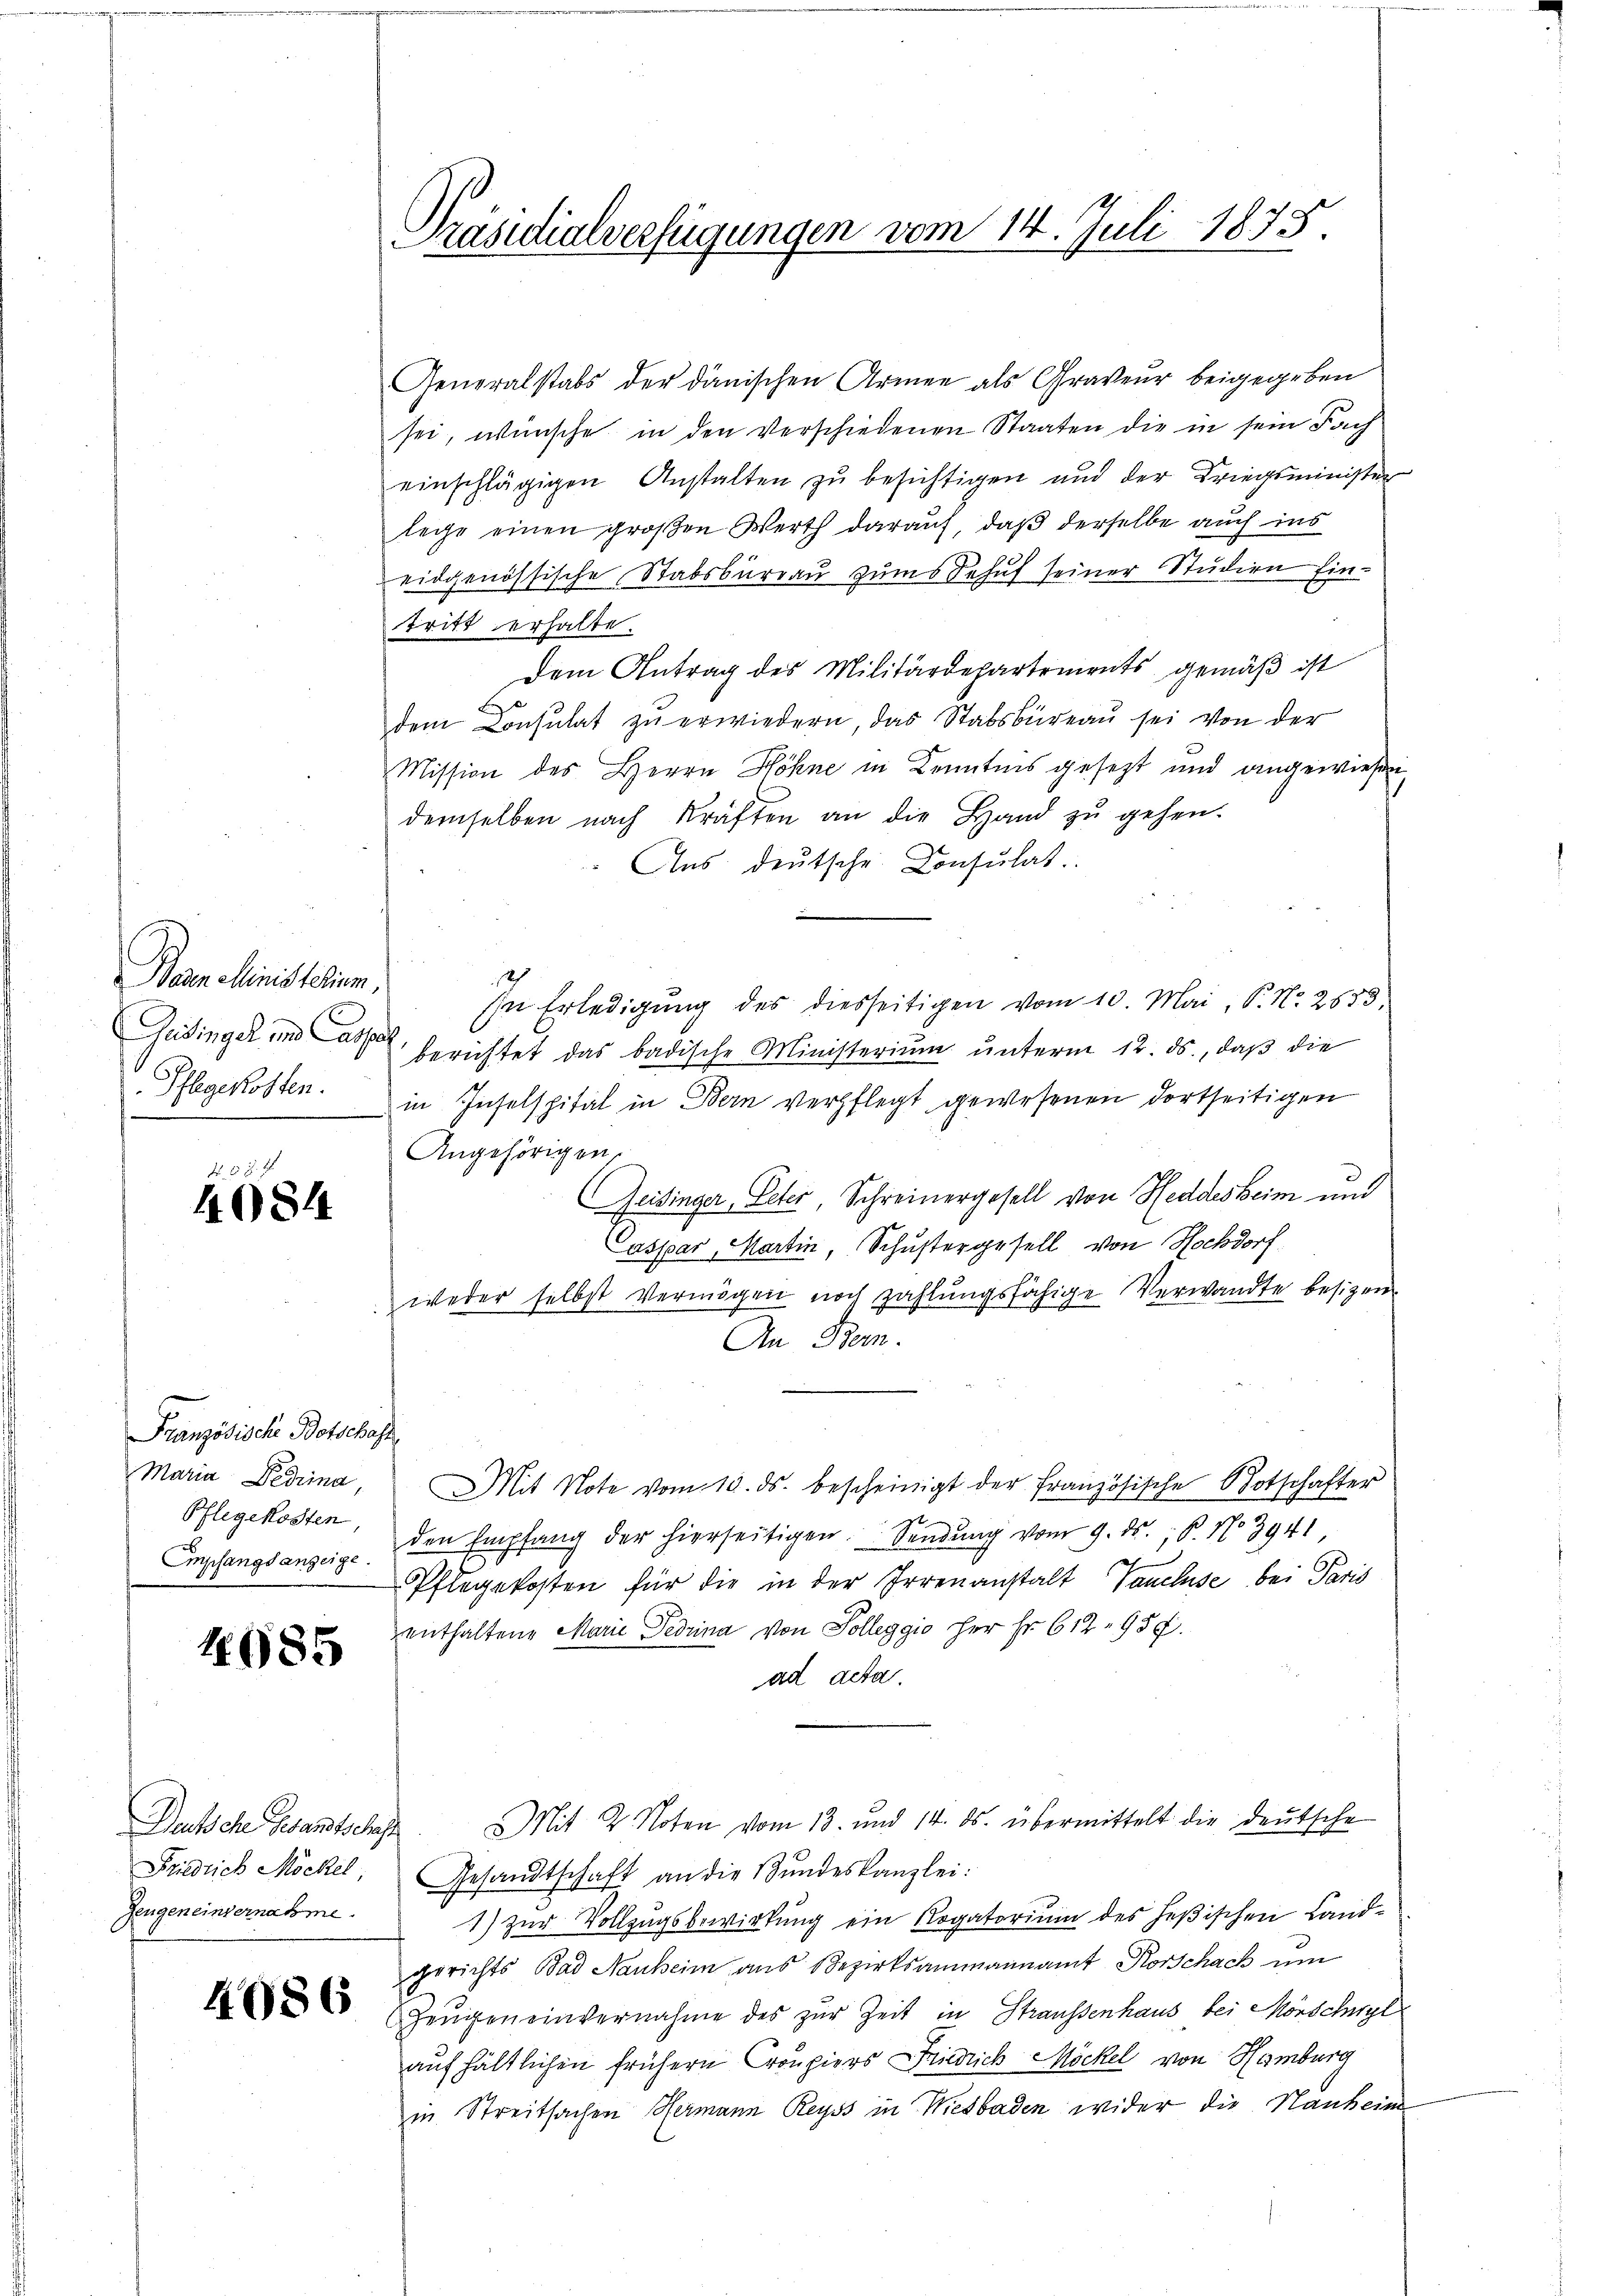
Dan clinisterium.
Gedingel und Cassat

4084

Französische Botschaft
Empfangsanzeige.

4985

Deutsche Gesandtschaft
Zeugeneinternahme.

4086

Präsidialverfügungen vom 14. Juli 1875.

Generalstabs der dänischen Armee als Graveur beigegeben
sei, wünsche in den verschiedenen Staaten die in sein Fach
einschlägigen Anstalten zŭ besichtigen und der Kriegsminister
lege einen großen Werth darauf, daß derselbe auch ins
eidgenössische Stabsbureau zum Behuf seiner Studien Eintritt erhalte.
Dem Antrag des Militärdepartements gemäß ist
dem Consulat zu erwiedern, das Stabsbureau sei von der
Mission des Herrn Höhne in Kenntnis gesezt und angewiesen,
demselben nach Kräften an die Hand zŭ gehen.
Aus deutsche Consultat.
In Erledigŭng des diesseitigen vom 10. Mai, P. Nr. 2653.
berichtet das badische Ministerium unterm 12. ds., daß die
Pflegekosten in Inselspital in Bern verpflegt gewesenen dortseitigen
Angehörigen.
Zeisinger, Peter Schreinergesell von Heddesheim und
Cassar, Martin, Schustergesell von Hochdorf
weder selbst vermögen noch zahlungsfähige Verwandte besizen.
An Bern.
Maria Dedima, Mit Note vom 10. ds. bescheinigt der französische Botschafter
u
Pflegekosten, den Empfang der hierseitigen. Sendŭng vom 9. ds., S. No 3941,
Pflegekosten für die in der Irrenanstalt Vancluse bei Paris
enthaltene Marie Fedrina von Solleggio her Hr. 612. 959.
ad acta.
Mit 2 Noten vom 13. und 14. ds. übermittelt die deutsche
Friedlich Möckel. Gesandtschaft an die Bŭndeskanzlei:
1) zur Vollzugsbewirkung ein Rogatorium des Heßischen Landgerichts Bad Nanheim aus Bezirksammannamt Horschach um
Gengen einvernahme des zur Zeit in Straussenhaus bei Mörschnel
aufhältlichen frühern Croupiers Friedrich Möckel von Hamburg
in Streitsachen Hermann Reyss in Wiesbaden wider die Hanheim